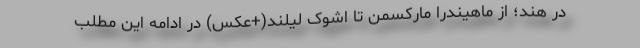
در هند؛ از ماهیندرا مارکسمن تا اشوک لیلند(+عکس) در ادامه این مطلب